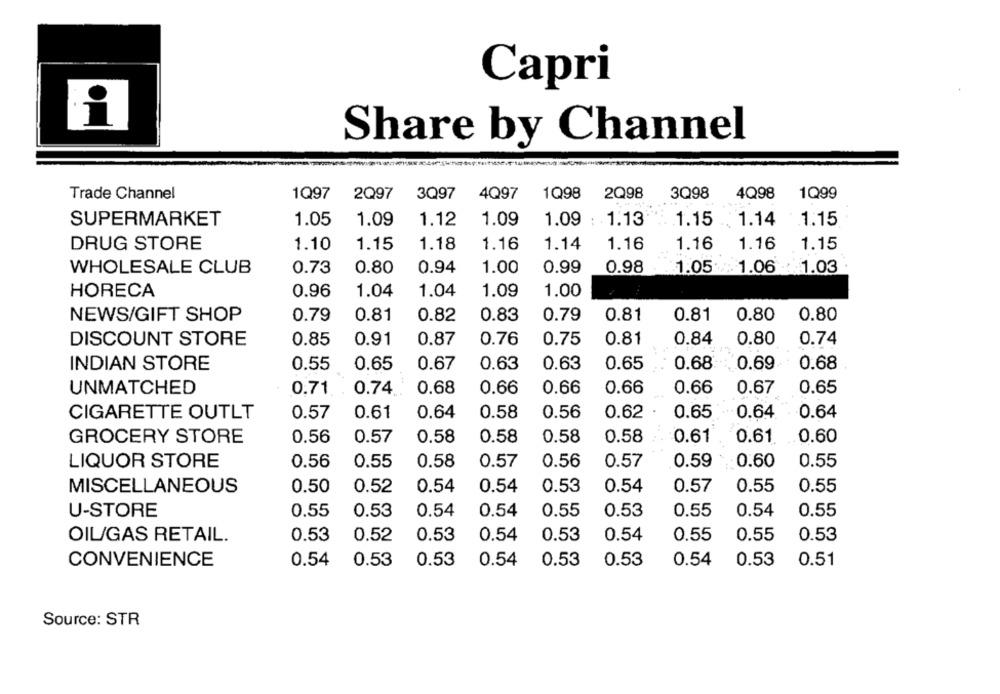
Capri
Share by Channel
Trade Channel
1Q97
2Q97
3Q97
4Q97
1Q98
2Q98
3Q98
4Q98
1Q99
SUPERMARKET
1.05
1.09
1.12
1.09
1.09 : 1.13
1.15
1.14
1.15
DRUG STORE
1.10
1.15
1.18
1.16
1.14
1.16
1.16
1.16
1.15
WHOLESALE CLUB
0.73
0.80
0.94
1.00
0.99
0.98
1.05 1.06
1.03
HORECA
0.96
1.04
1.04
1.09
1.00
NEWS/GIFT SHOP
0.79
0.81
0.82
0.83
0.79
0.81
0.81
0.80
0.80
DISCOUNT STORE
0.85
0.91
0.87
0.76
0.75
0.81
0.84
0.80
0.74
INDIAN STORE
0.55
0.65
0.67
0.63
0.63
0.65
0.68
0.69
0.68
0.66
0.66
0.65
UNMATCHED
0.71
0.74
0.68
0.66
0.66
0.67
CIGARETTE OUTLT
0.57
0.61
0.64
0.58
0.56
0.62
0.65
0.64
0.64
GROCERY STORE
0.56
0.57
0.58
0.58
0.58
0.58
0.61
0.61
.0.60
LIQUOR STORE
0.56
0.55
0.58
0.57
0.56
0.57
0.59
0.60
0.55
MISCELLANEOUS
0.50
0.52
0.54
0.54
0.53
0.54
0.57
0.55
0.55
U-STORE
0.55
0.53
0.54
0.54
0.55
0.53
0.55
0.54
0.55
OIL/GAS RETAIL.
0.53
0.52
0.53
0.54
0.53
0.54
0.55
0.55
0.53
0.54
0.53
0.53
0.54
0.53
0.51
CONVENIENCE
0.53
0.53
0.54
Source: STR